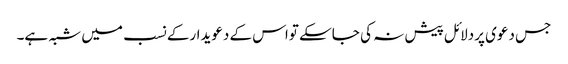
جس دعوی پردلائل پیش نہ کی جاسکے تواس کے دعویدارکے نسب میں شبہ ہے۔